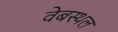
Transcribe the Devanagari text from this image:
वेबस्थल